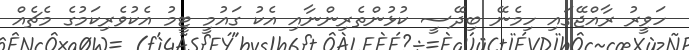
ހަވީރު ރާއްޖޭގައި ހިމެނޭ ބިދޭސީ ކުޅުންތެރިންނާއި އެކު ގައުމީ ޓީމު އެކުވެރިކަމުގެ މެޗެއް